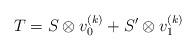
LaTeX: \begin{align*} T = S \otimes v^{(k)}_0 + S' \otimes v^{(k)}_1 \end{align*}